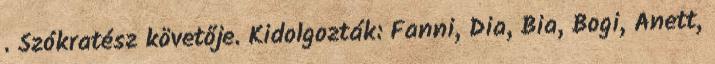
. Szókratész követője. Kidolgozták: Fanni, Dia, Bia, Bogi, Anett,